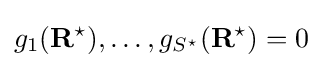
g_{1}(\mathbf {R} ^{\star }),\ldots ,g_{S^{\star }}(\mathbf {R} ^{\star })=0